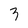
Character: 3